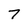
Character: 7